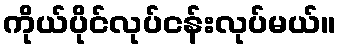
ကိုယ်ပိုင်လုပ်ငန်းလုပ်မယ်။